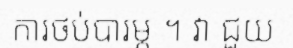
ការថប់បារម្ភ ។ វា ជួយ